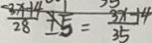
\frac { 3 x - 1 4 } { 2 8 } \pm \frac { 1 } { 5 } = \frac { 3 x - 4 } { 3 5 }